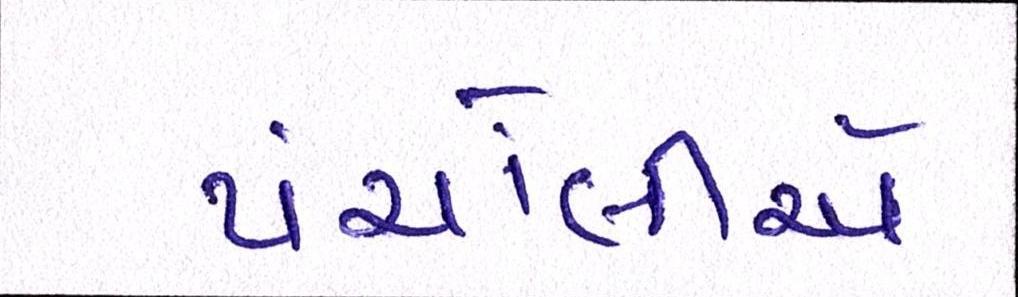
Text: પંચોલીએ